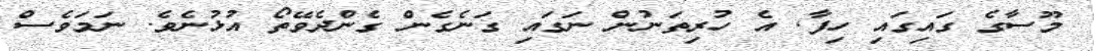
މޫސާގެ ގައިގައި ހިފާ